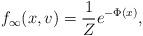
LaTeX: \begin{align*} f_\infty (x,v) = \frac{1}{Z} e^{-\Phi(x)},\end{align*}